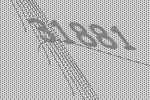
31881